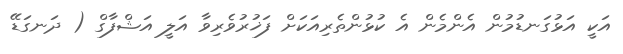
އަކީ އަޅުގަނޑުމުން އެންމެން އެ ކުޅުންތެރިއަކަށް ފަޚުރުވެރިވާ އަލީ އަޝްފާގް ( ދަނގަޑޭ